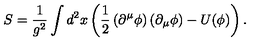
S = \frac { 1 } { g ^ { 2 } } \int d ^ { 2 } x \left( \frac { 1 } { 2 } \left( \partial ^ { \mu } \phi \right) \left( \partial _ { \mu } \phi \right) - U ( \phi ) \right) .